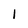
Character: 1